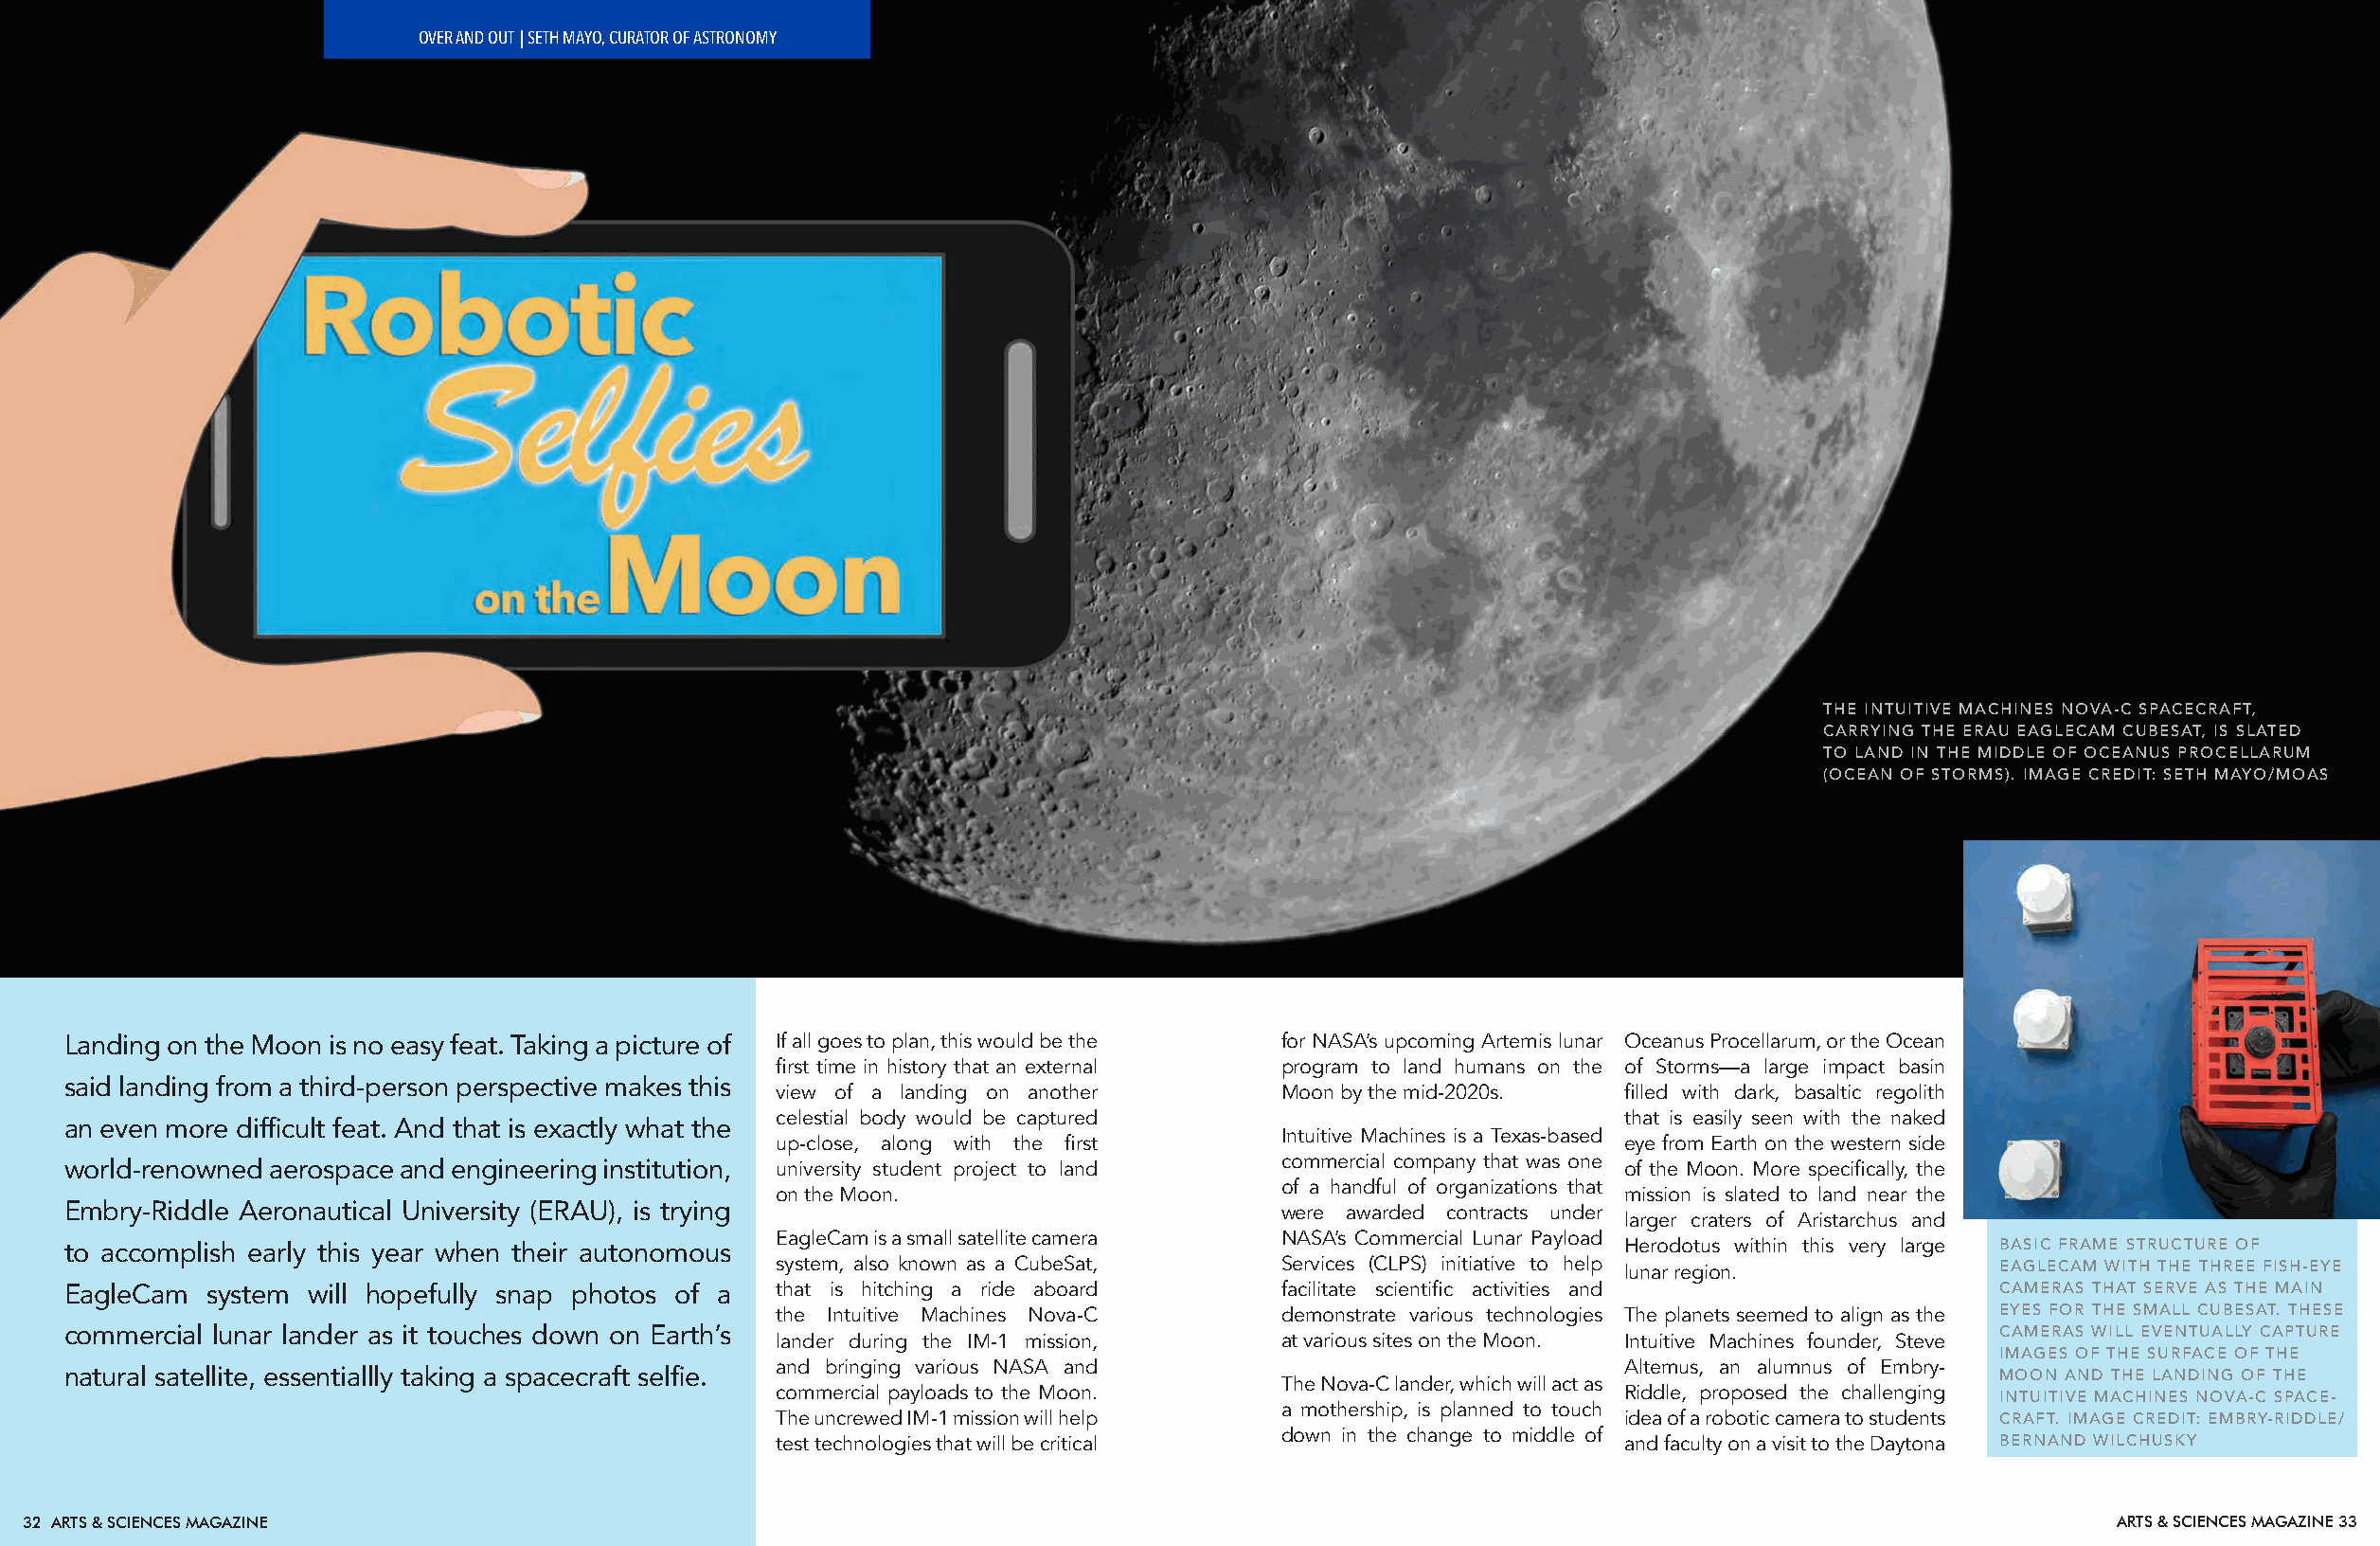
OVER AND OUT | SETH MAYO, CURATOR OF ASTRONOMY
 THE INTUITIVE MACHINES NOVA-C SPACECRAFT,
 CARRYING THE ERAU EAGLECAM CUBESAT, IS SLATED
 TO LAND IN THE MIDDLE OF OCEANUS PROCELLARUM
 (OCEAN OF STORMS). IMAGE CREDIT: SETH MAYO/MOAS
 Landing on the Moon is no easy feat. Taking a picture of If all goes to plan, this would be the for NASA’s upcoming Artemis lunar Oceanus Procellarum, or the Ocean
 first time in history that an external program to land humans on the of Storms—a large impact basin
 said landing from a third-person perspective makes this view of a landing on another  Moon by the mid-2020s.  filled with dark, basaltic regolith
 celestial body would be captured                            that is easily seen with the naked
 an even more difficult feat. And that is exactly what the
 Intuitive Machines is a Texas-based
 up-close, along with the first                              eye from Earth on the western side
 commercial company that was one
 world-renowned aerospace and engineering institution, university student project to land                      of the Moon. More specifically, the
 of a handful of organizations that
 on the Moon.                                                mission is slated to land near the
 Embry-Riddle Aeronautical University (ERAU), is trying                                were awarded contracts under
 larger craters of Aristarchus and
 EagleCam is a small satellite camera NASA’s Commercial Lunar Payload
 to accomplish early this year when their autonomous                                                           Herodotus within this very large BASIC FRAME STRUCTURE OF
 system, also known as a CubeSat,    Services (CLPS) initiative to help
 lunar region.             EAGLECAM WITH THE THREE FISH-EYE
 EagleCam  system  will hopefully snap photos of a that is hitching a ride aboard      facilitate scientific activities and              CAMERAS THAT SERVE AS THE MAIN
 the Intuitive Machines Nova-C       demonstrate various technologies The planets seemed to align as the EYES FOR THE SMALL CUBESAT. THESE
 commercial lunar lander as it touches down on Earth’s lander during the IM-1 mission, at various sites on the Moon. Intuitive Machines founder, Steve CAMERAS WILL EVENTUALLY CAPTURE
 IMAGES OF THE SURFACE OF THE
 and bringing various NASA and                               Altemus, an alumnus of Embry-
 natural satellite, essentiallly taking a spacecraft selfie.                           The Nova-C lander, which will act as              MOON AND THE LANDING OF THE
 commercial payloads to the Moon.                            Riddle, proposed the challenging
 INTUITIVE MACHINES NOVA-C SPACE-
 a mothership, is planned to touch
 The uncrewed IM-1 mission will help                         idea of a robotic camera to students CRAFT. IMAGE CREDIT: EMBRY-RIDDLE/
 down in the change to middle of
 test technologies that will be critical                     and faculty on a visit to the Daytona BERNAND WILCHUSKY
 32 ARTS & SCIENCES MAGAZINE                                                                                                                       ARTS & SCIENCES MAGAZINE 33